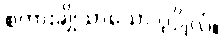
စကားချိုသာသော ပုဂ္ဂိုလ်။